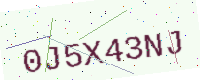
Text: 0J5X43NJ